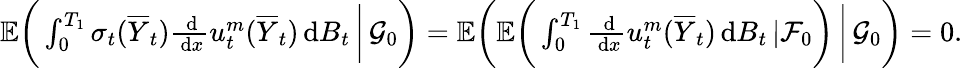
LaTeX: \begin{array}{r}{\mathbb{E}\bigg(\int_{0}^{T_{1}}\sigma_{t}(\overline{{Y}}_{t})\frac{\, \mathrm{d}}{\, \mathrm{d}x}u_{t}^{m}(\overline{{Y}}_{t})\, \mathrm{d}B_{t}\, \bigg|\, \mathcal{G}_{0}\bigg)=\mathbb{E}\bigg(\mathbb{E}\bigg(\int_{0}^{T_{1}}\frac{\, \mathrm{d}}{\, \mathrm{d}x}u_{t}^{m}(\overline{{Y}}_{t})\, \mathrm{d}B_{t}\, |\mathcal{F}_{0}\bigg)\, \bigg|\, \mathcal{G}_{0}\bigg)=0.}\end{array}